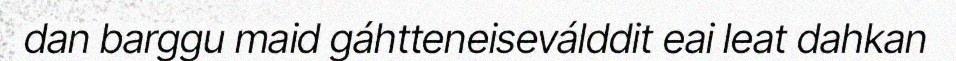
dan barggu maid gáhtteneiseválddit eai leat dahkan